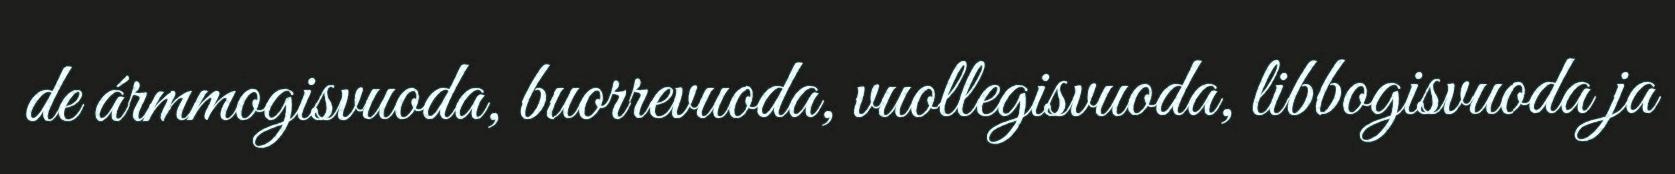
de ármmogisvuoda, buorrevuoda, vuollegisvuoda, libbogisvuoda ja